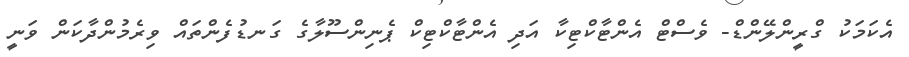
އެކަމަކު ގްރީންލޭންޑް- ވެސްޓް އެންޓާކްޓިކާ އަދި އެންޓާކްޓިކް ޕެނިންސޫލާގެ ގަނޑުފެންތައް ވިރެމުންދާކަން ވަނީ